Report on malaria in the Punjab during the year ...  together with an account of the work of the Punjab Malaria Bureau - Volume 3
Disease focus: Malaria
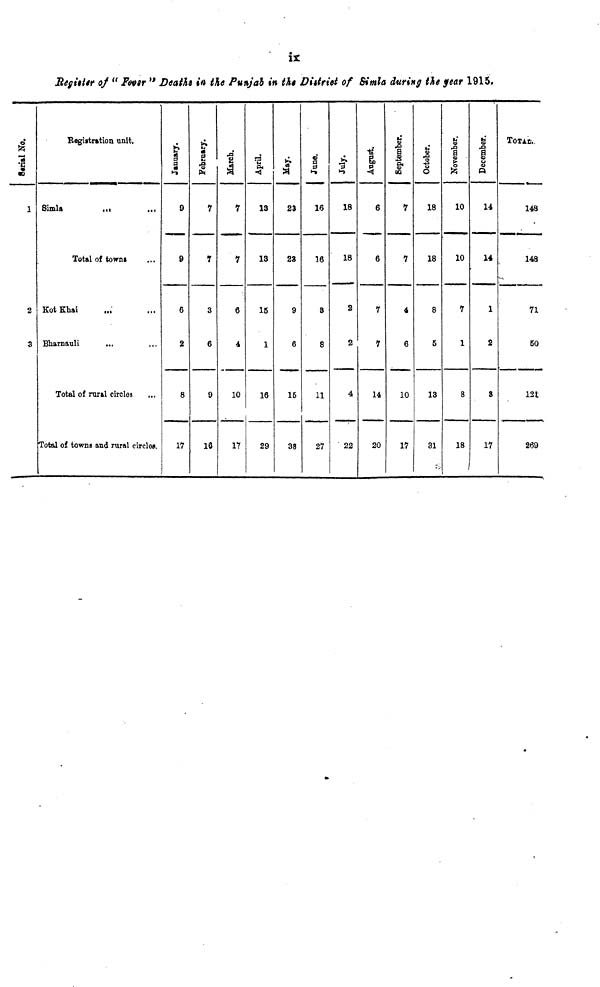
ii
Register of "Fever" Deaths in the Punjab in the District of Simla during the year 1915.
Serial No.
1
2
3
Registration unit,
Simla
Total of towns
Kot Khai
Bharnauli
Total of rural circles
Total of towns and rural circles.
January.
9
9
6
2
6
17
February.
7
7
3
6
9
16
March.
7
7
6
4
10
17
April.
13
13
15
1
16
29
May.
23
23
9
6
16
38
June.
16
16
3
8
11
27
July.
18
18
2
2
4
22
August.
6
6
7
7
14
20
September.
7
7
4
6
10
17
October.
18
18
8
5
13
31
November.
10
10
7
1
8
18
December.
14
14
1
2
3
17
TOTAL.
148
148
71
50
121
269